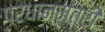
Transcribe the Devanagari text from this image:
पऱधानमंतऱी